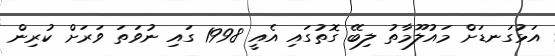
އަޅުގަނޑަށް މައުލޫމާތު ލިބޭ ގޮތުގައި އެއީ 1998 ގައި ނުވަތަ ވަރަށް ކުރިން